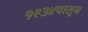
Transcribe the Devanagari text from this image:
१९३४पासून